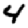
Digit: 4